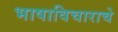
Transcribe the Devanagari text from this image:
भाषाविचाराचे